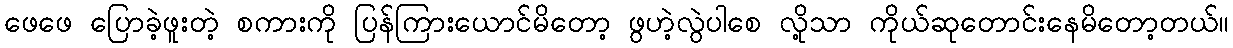
ဖေဖေ ပြောခဲ့ဖူးတဲ့ စကားကို ပြန်ကြားယောင်မိတော့ ဖွဟဲ့လွဲပါစေ လို့သာ ကိုယ်ဆုတောင်းနေမိတော့တယ်။